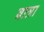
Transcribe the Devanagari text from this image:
बात्रा